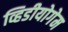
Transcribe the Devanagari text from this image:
व्हिडीयोगेम